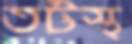
তটস্থ